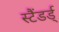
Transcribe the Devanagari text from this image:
स्टैंडर्ड्